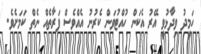
ހަމީދު ވިދާޅުވީ އޭރު އެކަން ހުއްޓުވަން ކެރުނު އެއްވެސް ފަރާތެއް ނެތް ކަމަށެވެ.